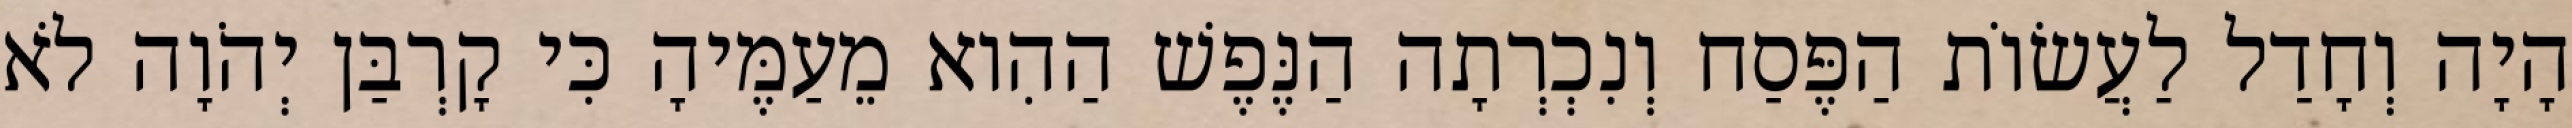
הָיָה וְחָדַל לַעֲשׂוֹת הַפֶּסַח וְנִכְרְתָה הַנֶּפֶשׁ הַהִוא מֵעַמֶּיהָ כִּי קָרְבַּן יְהֹוָה לֹא